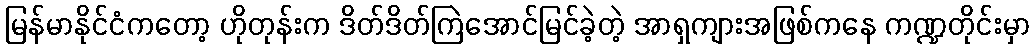
မြန်မာနိုင်ငံကတော့ ဟိုတုန်းက ဒိတ်ဒိတ်ကြဲအောင်မြင်ခဲ့တဲ့ အာရှကျားအဖြစ်ကနေ ကဏ္ဍတိုင်းမှာ